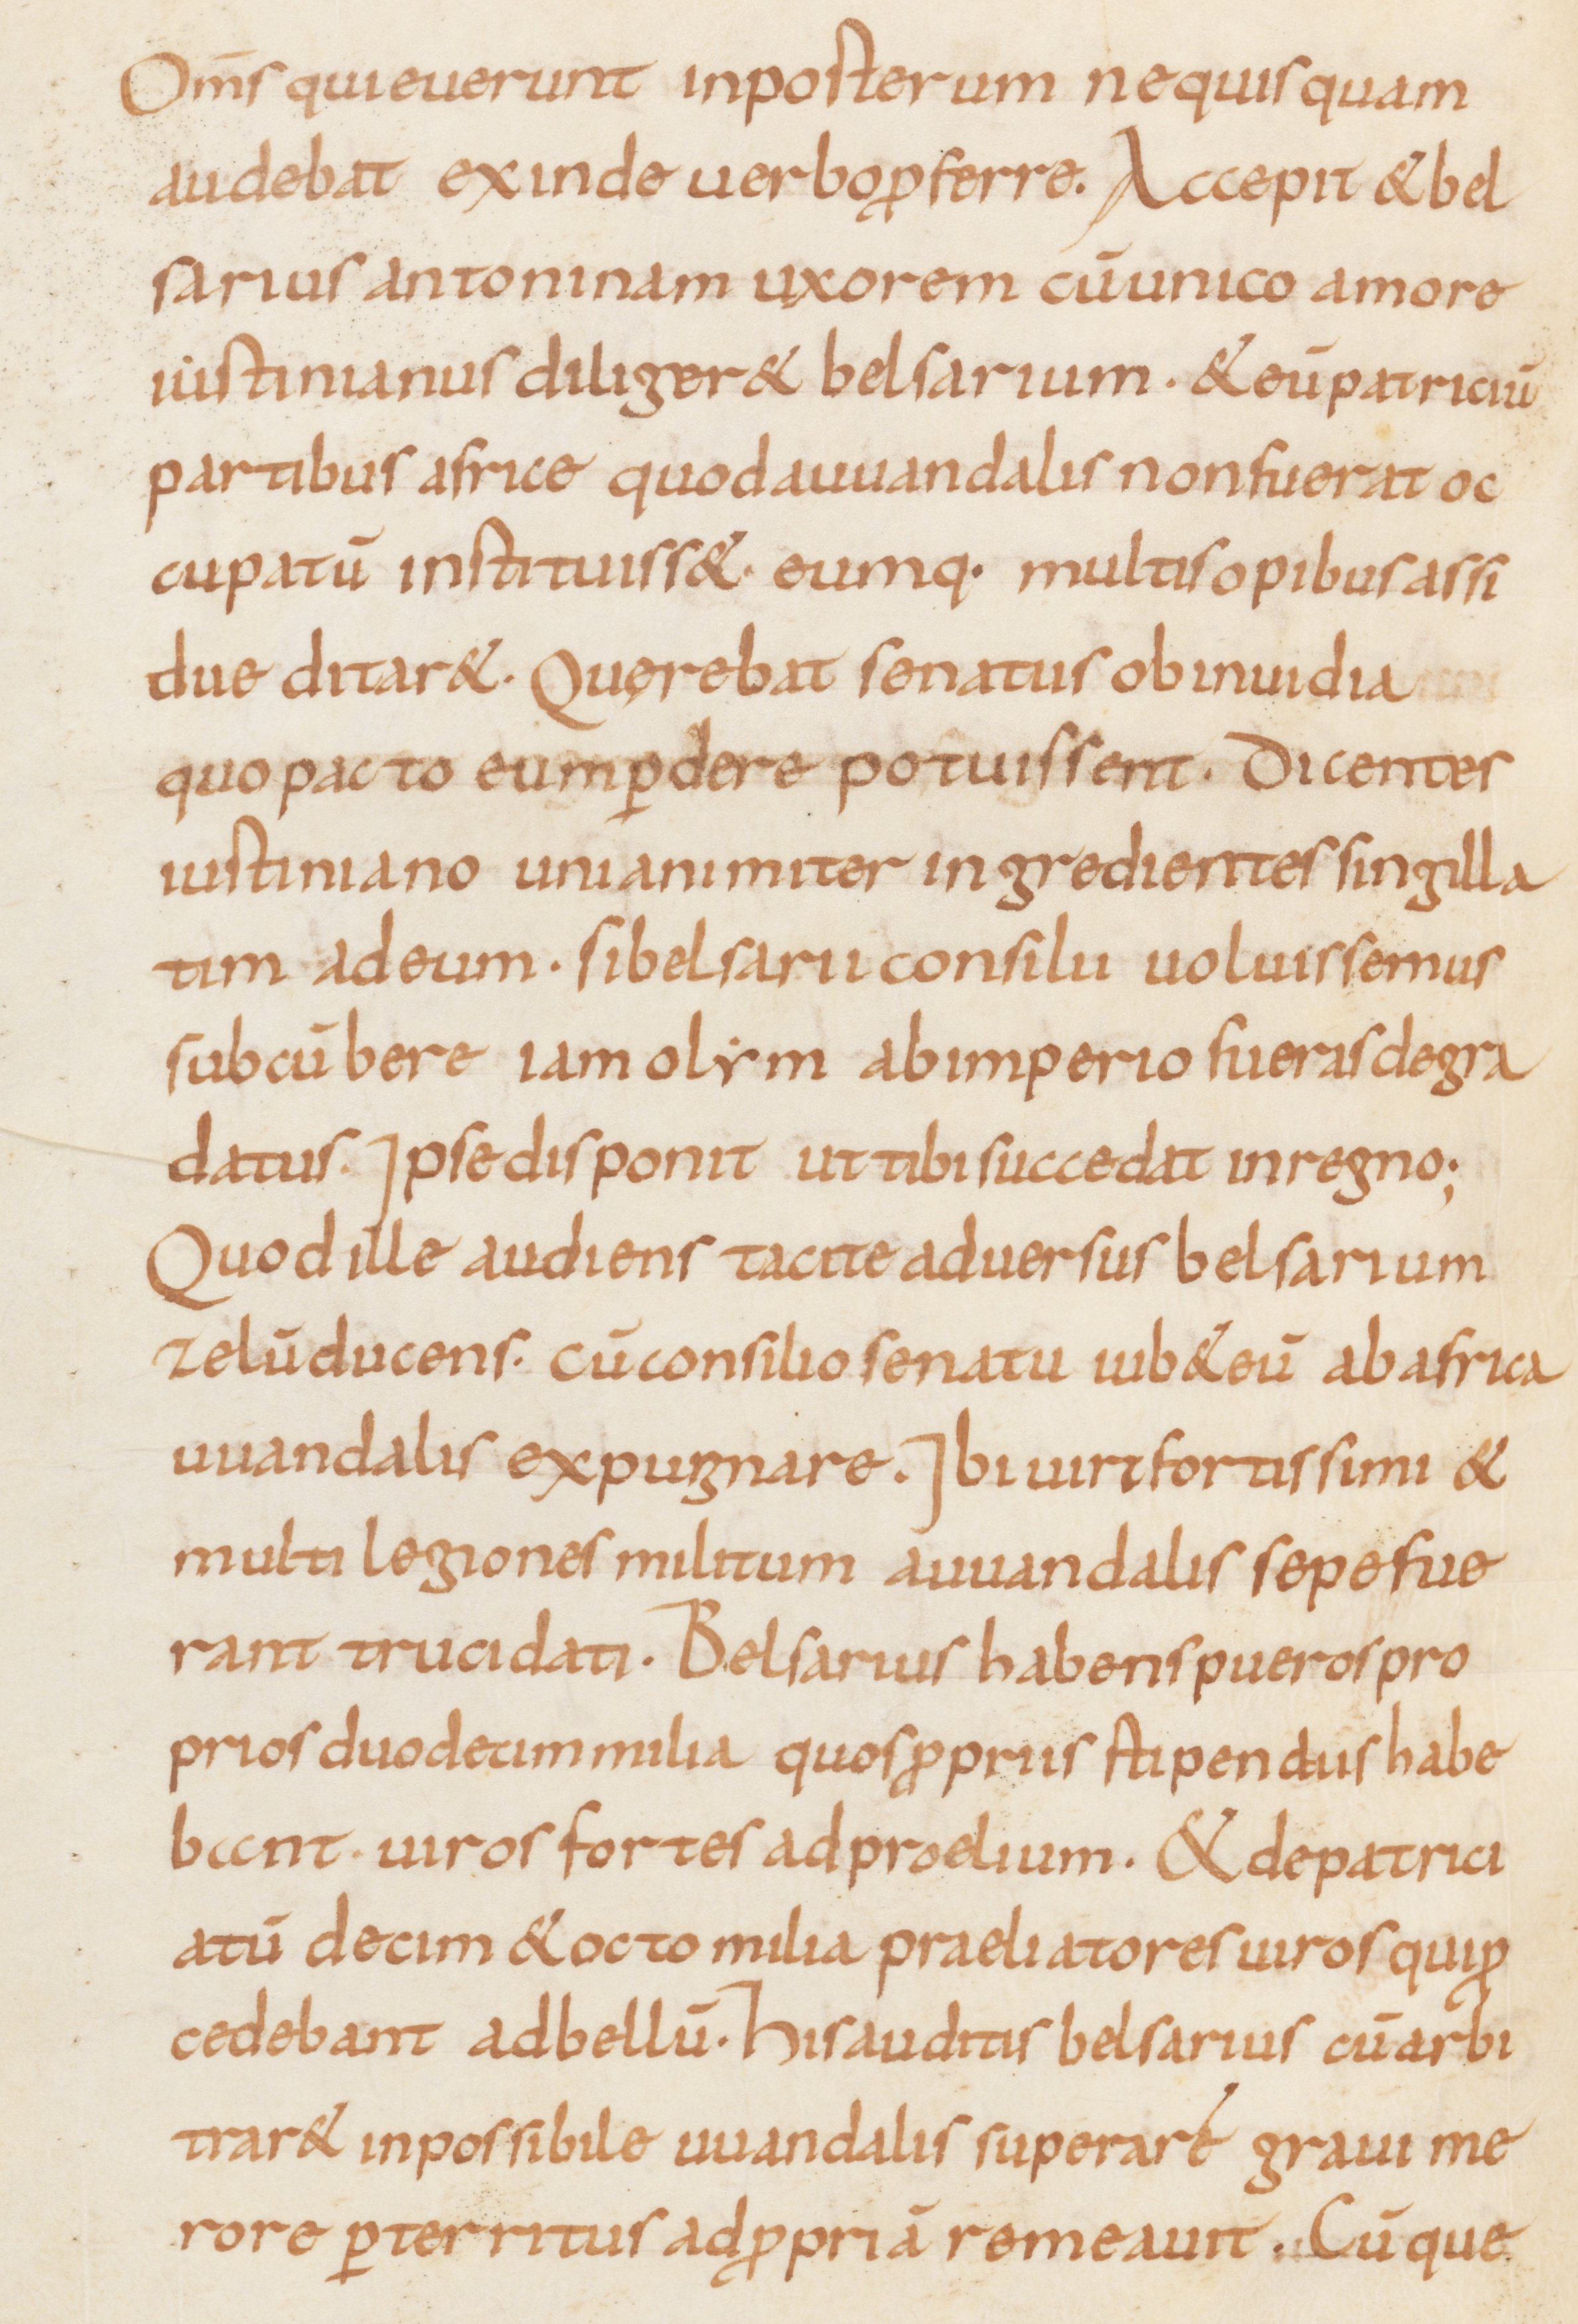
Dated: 815–845